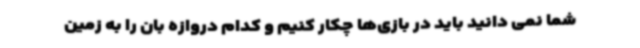
شما نمی دانید باید در بازی‌ها چکار کنیم و کدام دروازه بان را به زمین